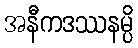
အနီကဒဿနမ္ပိ